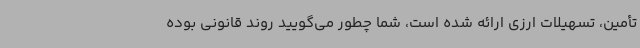
تأمین، تسهیلات ارزی ارائه شده است، شما چطور می‌گویید روند قانونی بوده